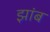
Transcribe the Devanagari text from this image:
झांब